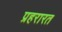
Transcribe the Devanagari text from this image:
प्रहरारत